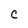
Character: C